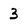
Character: 3